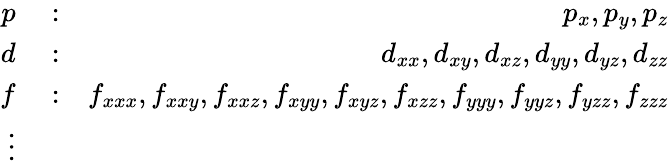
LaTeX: \begin{array}{rlr}{p}&{{}:}&{p_{x},p_{y},p_{z}}\\ {d}&{{}:}&{d_{xx},d_{xy},d_{xz},d_{yy},d_{yz},d_{zz}}\\ {f}&{{}:}&{f_{xxx},f_{xxy},f_{xxz},f_{xyy},f_{xyz},f_{xzz},f_{yyy},f_{yyz},f_{yzz},f_{zzz}}\\ {\vdots}\end{array}